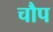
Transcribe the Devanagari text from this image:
चौप